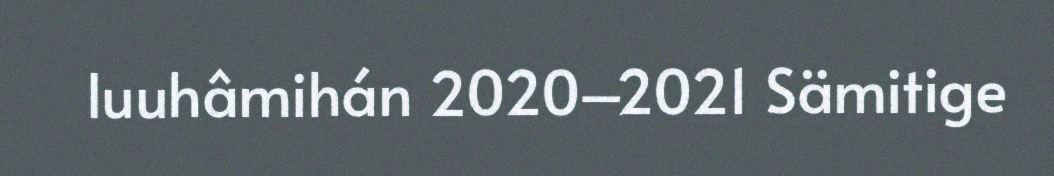
luuhâmihán 2020–2021 Sämitige